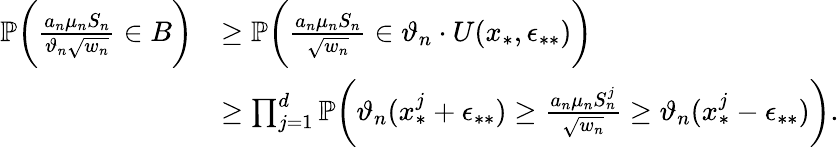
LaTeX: \begin{array}{rl}{\mathbb{P}\bigg(\frac{a_{n}\mu_{n}S_{n}}{\vartheta_{n}\sqrt{w_{n}}}\in B\bigg)}&{\geq\mathbb{P}\bigg(\frac{a_{n}\mu_{n}S_{n}}{\sqrt{w_{n}}}\in\vartheta_{n}\cdot U(x_{*},\epsilon_{**})\bigg)}\\ &{\geq\prod_{j=1}^{d}\mathbb{P}\bigg(\vartheta_{n}(x_{*}^{j}+\epsilon_{**})\geq\frac{a_{n}\mu_{n}S_{n}^{j}}{\sqrt{w_{n}}}\geq\vartheta_{n}(x_{*}^{j}-\epsilon_{**})\bigg).}\end{array}